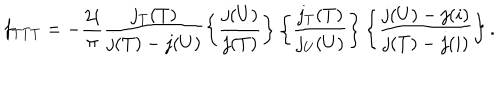
f _ { T T T } = - { \frac { 2 i } { \pi } } \frac { j _ { T } ( T ) } { j ( T ) - j ( U ) } \left\{ \frac { j ( U ) } { j ( T ) } \right\} \left\{ \frac { j _ { T } ( T ) } { j _ { U } ( U ) } \right\} \left\{ \frac { j ( U ) - j ( i ) } { j ( T ) - j ( i ) } \right\} .